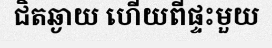
ជិតឆ្ងាយ ហើយពីផ្ទះមួយ